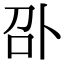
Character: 𠧙